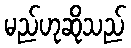
မည်ဟုဆိုသည်